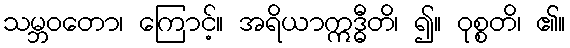
သမ္ဘဝတော၊ ကြောင့်။ အရိယာဣဒ္ဓီတိ၊ ၍။ ဝုစ္စတိ၊ ၏။